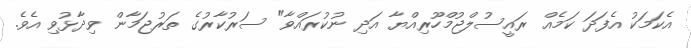
އެކަމަކު އެފަދަ ކަމެއް ރައީސުލްޖުމްހޫރިއްޔާ އަދި ނުކުރައްވާ" ސަރުކާރުގެ ތަރުޖަމާން ވިދާޅުވި އެވެ.